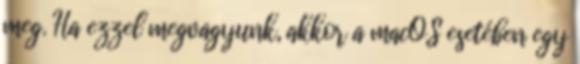
meg. Ha ezzel megvagyunk, akkor a macOS esetében egy